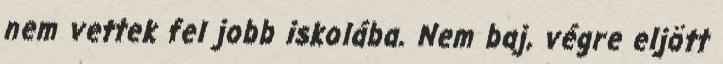
nem vettek fel jobb iskolába. Nem baj, végre eljött